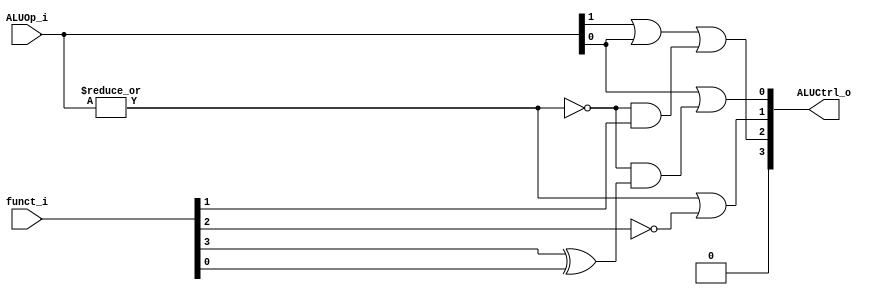
//Subject:     CO project 2 - ALU Controller
//--------------------------------------------------------------------------------
//Version:     1
//--------------------------------------------------------------------------------
//Writer:      109550136
//----------------------------------------------
//----------------------------------------------
//Description: 
//--------------------------------------------------------------------------------
`timescale 1ns/1ps
module ALU_Ctrl(
          funct_i,
          ALUOp_i,
          ALUCtrl_o
          );
          
//I/O ports 
input      [6-1:0] funct_i;
input      [3-1:0] ALUOp_i;

output     [4-1:0] ALUCtrl_o;    
     
//Internal Signals
//reg        [4-1:0] ALUCtrl_o;

//Parameter

       
//Select exact operation

assign ALUCtrl_o[3] = 0;
assign ALUCtrl_o[2] = ALUOp_i[1] | ALUOp_i[0] | (~|ALUOp_i & funct_i[1]);
assign ALUCtrl_o[1] = |ALUOp_i | ~funct_i[2];
assign ALUCtrl_o[0] = ALUOp_i[0] | (~|ALUOp_i & (funct_i[3] ^ funct_i[0]));

endmodule